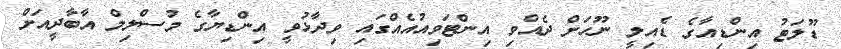
ޑޫލަޓު އިންޑިއާގެ ޑެއިލީ ނޫހަށް ދެއްވި އިންޓަވިއުއެއްގައި ވިދާޅުވީ އިންޑިޔާގެ މުސްލިމް އާބާދީއަށް